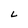
Character: L